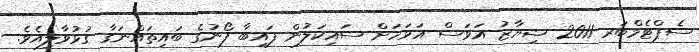
ސެޕްޓެމްބަރ 2011 ޝިޔާޒު އަވަސް އަވަހަށް ސައިކަލުން ފައިބާ ފޯނުގެ ބައިތައްނަގާ ގުޅުވާލިއެވެ.